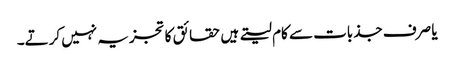
یا صرف جذبات سے کام لیتے ہیں حقائق کا تجزیہ نہیں کرتے۔